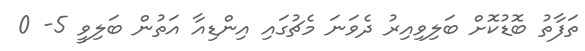
ތަފާތު ބޮޑުކޮށް ބަލިވިއިރު ދެވަނަ މެޗުގައި އިންޑިއާ އަތުން ބަލިވީ 5- 0